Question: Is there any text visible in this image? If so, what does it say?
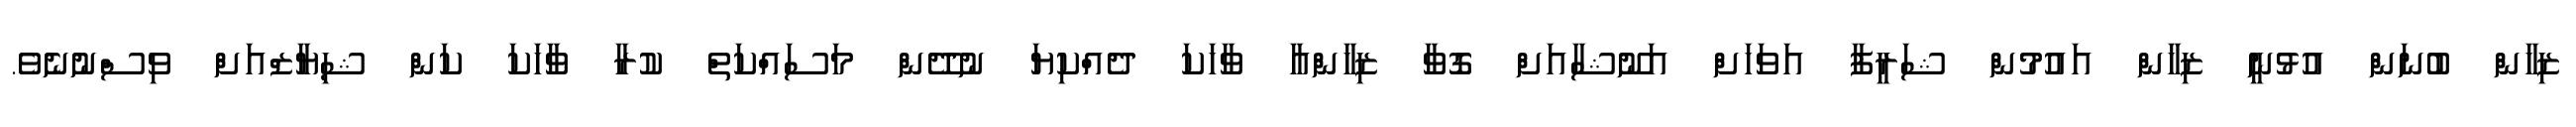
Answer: ޒިހާން ބުނަން އުޅުނީ ޒިހާން އައުމުން ޝަރީފާ އަވަހަށް އަނޫޝާއަށް ގޮވާ ޒިހާންއާ ވާހަކަ ދެއްކިޔަ ނުދޭން މަސައްކަތް ކުރާ ވާހަކަ ކަން ޝިޔާޒްއަށް ވިސްނުނެވެ.